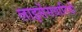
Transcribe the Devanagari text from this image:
लाइसेंसधारियो